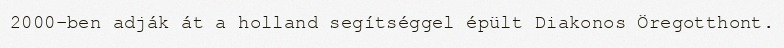
2000-ben adják át a holland segítséggel épült Diakonos Öregotthont.